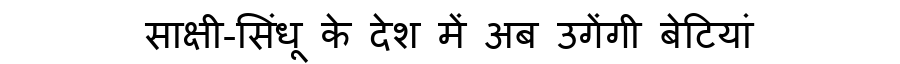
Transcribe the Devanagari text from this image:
साक्षी-सिंधू के देश में अब उगेंगी बेटियां